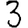
Digit: 3